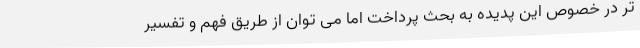
تر در خصوص این پدیده به بحث پرداخت اما می توان از طریق فهم و تفسیر